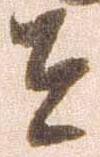
者